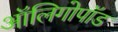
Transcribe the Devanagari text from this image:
ऑलिगोपॉड